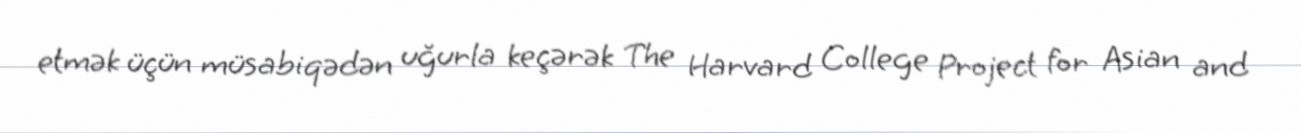
etmək üçün müsabiqədən uğurla keçərək The Harvard College Project for Asian and